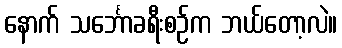
နောက် သင်္ဘောခရီးစဉ်က ဘယ်တော့လဲ။